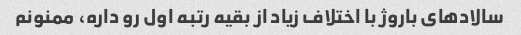
سالادهای باروژ با اختلاف زیاد از بقیه رتبه اول رو داره، ممنونم